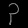
Digit: ၃